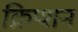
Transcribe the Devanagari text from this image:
क्रिप्शन